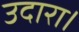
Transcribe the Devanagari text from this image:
उदारा।